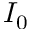
I _ { 0 }